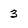
Character: 3